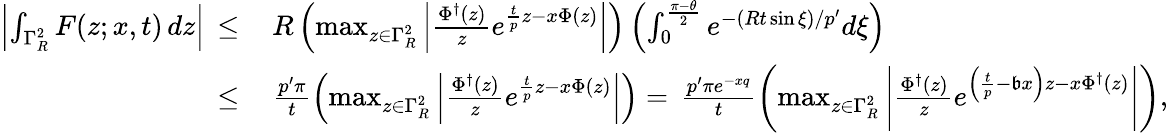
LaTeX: \begin{array}{rl}{\left|\int_{\Gamma_{R}^{2}}F(z;x,t)\, dz\right|\, \leq\, }&{R\left(\operatorname*{max}_{z\in\Gamma_{R}^{2}}\left|\frac{\Phi^{\dagger}(z)}{z}e^{\frac{t}{p}z-x\Phi(z)}\right|\right)\left(\int_{0}^{\frac{\pi-\theta}{2}}e^{-(Rt\sin\xi)/p^{\prime}}d\xi\right)}\\ {\leq\, }&{\frac{p^{\prime}\pi}{t}\left(\operatorname*{max}_{z\in\Gamma_{R}^{2}}\left|\frac{\Phi^{\dagger}(z)}{z}e^{\frac{t}{p}z-x\Phi(z)}\right|\right)=\, \frac{p^{\prime}\pi e^{-xq}}{t}\left(\operatorname*{max}_{z\in\Gamma_{R}^{2}}\left|\frac{\Phi^{\dagger}(z)}{z}e^{\left(\frac{t}{p}-\mathfrak{b}x\right)z-x\Phi^{\dagger}(z)}\right|\right),}\end{array}